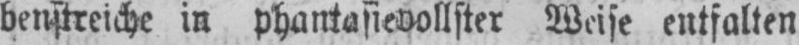
benstreiche in phantasievollster Weise entfalten